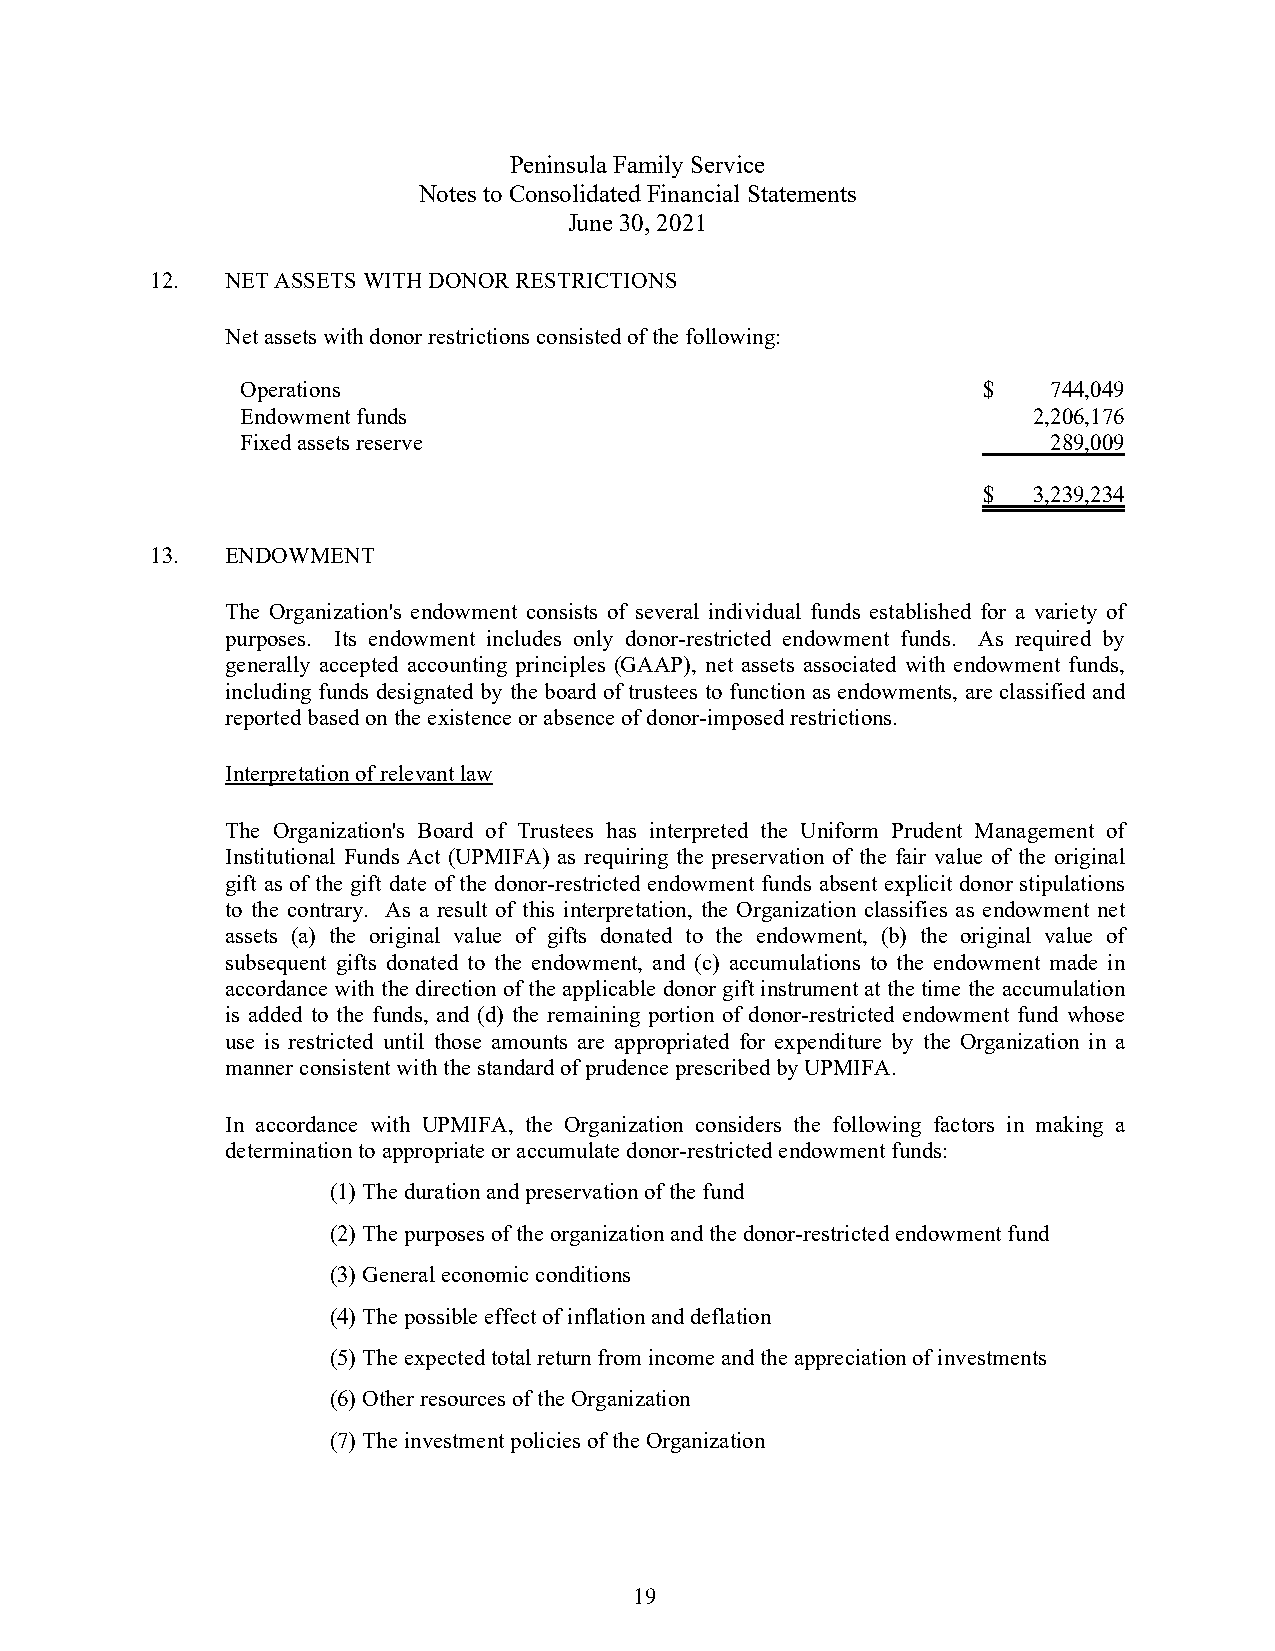
Peninsula Family Service
 Notes to Consolidated Financial Statements
 June 30, 2021
 12.  NET ASSETS WITH DONOR RESTRICTIONS
 Net assets with donor restrictions consisted of the following:
 Operations                                       $    744,049
 Endowment funds                                     2,206,176
 Fixed assets reserve                                  289,009
 $  3,239,234
 13.  ENDOWMENT
 The Organization's endowment consists of several individual funds established for a variety of
 purposes. Its endowment includes only donor-restricted endowment funds. As required by
 generally accepted accounting principles (GAAP), net assets associated with endowment funds,
 including funds designated by the board of trustees to function as endowments, are classified and
 reported based on the existence or absence of donor-imposed restrictions.
 Interpretation of relevant law
 The Organization's Board of Trustees has interpreted the Uniform Prudent Management of
 Institutional Funds Act (UPMIFA) as requiring the preservation of the fair value of the original
 gift as of the gift date of the donor-restricted endowment funds absent explicit donor stipulations
 to the contrary. As a result of this interpretation, the Organization classifies as endowment net
 assets (a) the original value of gifts donated to the endowment, (b) the original value of
 subsequent gifts donated to the endowment, and (c) accumulations to the endowment made in
 accordance with the direction of the applicable donor gift instrument at the time the accumulation
 is added to the funds, and (d) the remaining portion of donor-restricted endowment fund whose
 use is restricted until those amounts are appropriated for expenditure by the Organization in a
 manner consistent with the standard of prudence prescribed by UPMIFA.
 In accordance with UPMIFA, the Organization considers the following factors in making a
 determination to appropriate or accumulate donor-restricted endowment funds:
 (1) The duration and preservation of the fund
 (2) The purposes of the organization and the donor-restricted endowment fund
 (3) General economic conditions
 (4) The possible effect of inflation and deflation
 (5) The expected total return from income and the appreciation of investments
 (6) Other resources of the Organization
 (7) The investment policies of the Organization
 19